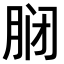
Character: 𫆝